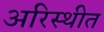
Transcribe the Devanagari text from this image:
अरिस्थीत